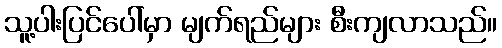
သူ့ပါးပြင်ပေါ်မှာ မျက်ရည်များ စီးကျလာသည်။